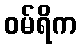
ဝမ်ရိက